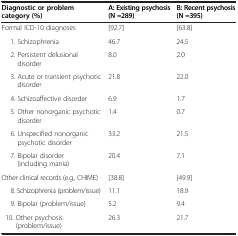
<table><thead><tr><td><b>Diagnostic or problem category (%)</b></td><td><b>A: Existing psychosis (N =289)</b></td><td><b>B: Recent psychosis (N =395)</b></td></tr></thead><tbody><tr><td>Formal ICD-10 diagnoses</td><td>[92.7]</td><td>[63.8]</td></tr><tr><td>1. Schizophrenia</td><td>46.7</td><td>24.5</td></tr><tr><td>2. Persistent delusional disorder</td><td>8.0</td><td>2.0</td></tr><tr><td>3. Acute or transient psychotic disorder</td><td>21.8</td><td>22.0</td></tr><tr><td>4. Schizoaffective disorder</td><td>6.9</td><td>1.7</td></tr><tr><td>5. Other nonorganic psychotic disorder</td><td>1.4</td><td>0.7</td></tr><tr><td>6. Unspecified nonorganic psychotic disorder</td><td>33.2</td><td>21.5</td></tr><tr><td>7. Bipolar disorder (including mania)</td><td>20.4</td><td>7.1</td></tr><tr><td>Other clinical records (e.g., CHIME)</td><td>[38.8]</td><td>[49.9]</td></tr><tr><td>8. Schizophrenia (problem/issue)</td><td>11.1</td><td>18.9</td></tr><tr><td>9. Bipolar (problem/issue)</td><td>5.2</td><td>9.4</td></tr><tr><td> 10. Other psychosis (problem/issue)</td><td>26.3</td><td>21.7</td></tr></tbody></table>